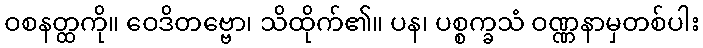
ဝစနတ္ထကို။ ဝေဒိတဗ္ဗော၊ သိထိုက်၏။ ပန၊ ပစ္စက္ခသံ ဝဏ္ဏနာမှတစ်ပါး